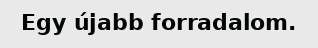
Egy újabb forradalom.